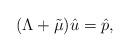
LaTeX: \begin{align*}(\Lambda+\tilde{\mu})\hat{u}=\hat{p},\end{align*}